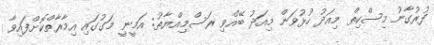
ފުރުގާނު މިސްކިތް މިއަދު ހުޅުވަން މިއަދު ބޭއްވި ރަސްމިއްޔާތު: އަމީނީ މަގުގައި އިމާރާތްކޮށްފައިވާ